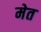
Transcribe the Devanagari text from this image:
मेत